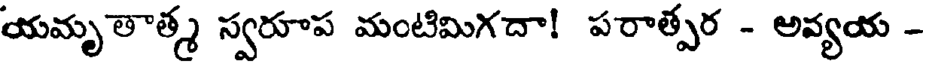
యమృతాత్మ స్వరూప మంటిమిగదా! పరాత్పర - అవ్యయ -